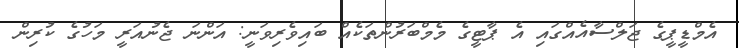
އެމްޑީޕީގެ ޖަލްސާއެއްގައި އެ ޕާޓީގެ މެމްބަރުންތަކެއް ބައިވެރިވަނީ: އަންނަ ޖެނުއަރީ މަހުގެ ކުރިން